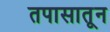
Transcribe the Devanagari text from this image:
तपासातून